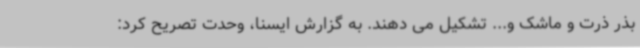
بذر ذرت و ماشک و... تشکیل می دهند. به گزارش ایسنا، وحدت تصریح کرد: